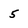
Character: 5